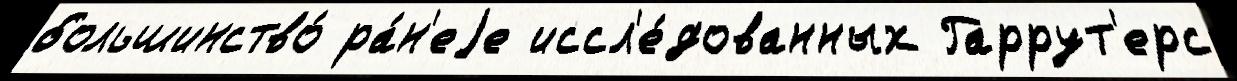
большинство́ ра́н'еjе иссл'е́дованных Гаррут'ерс